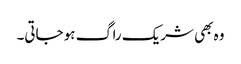
وہ بھی شریک راگ ہو جاتی۔